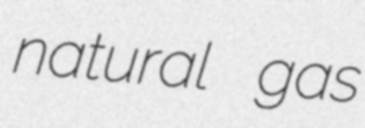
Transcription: natural gas